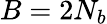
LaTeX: B=2N_{b}